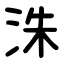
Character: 洙